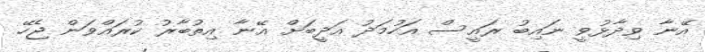
އޭނާ ވިދާޅުވީ ނައިބު ރައީސް އަހުމަދު އަދީބަށް އޭނާ އިތުބާރު ކުރައްވަން ޖެހޭ